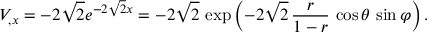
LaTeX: V _ { , x } = - 2 \sqrt { 2 } e ^ { - 2 \sqrt { 2 } x } = - 2 \sqrt { 2 } \, \exp \left( - 2 \sqrt { 2 } \, { \frac { r } { 1 - r } } \, \cos \theta \, \sin \varphi \right) .